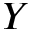
Y